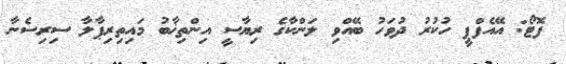
ފޮޓޯ: އޭއެފްޕީ ހުކުރު ދުވަހު ބޭއްވި ލަންކާގެ ރިޔާސީ އިންތިޚާބު މައިތިރިޕާލާ ސިރިސެނާ